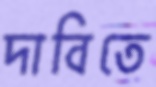
দাবিতে